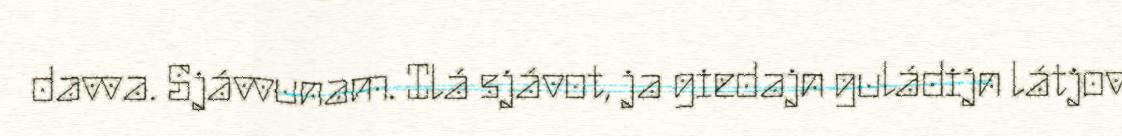
davva. Sjávvunam. Ilá sjávot, ja giedajn guládijn látjov